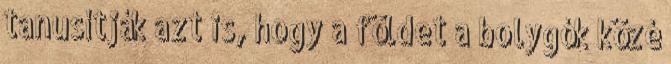
tanusítják azt is, hogy a földet a bolygók közé